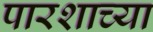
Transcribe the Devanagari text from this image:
पारशाच्या